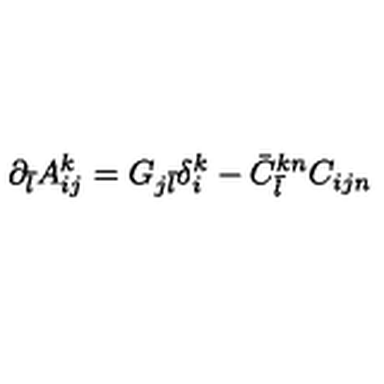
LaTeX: \partial _ { \bar { l } } A _ { i j } ^ { k } = G _ { j { \bar { l } } } \delta _ { i } ^ { k } - { \bar { C } } _ { \bar { l } } ^ { k n } C _ { i j n }